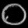
Digit: ၀